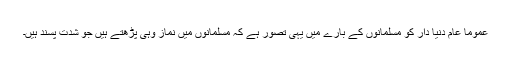
عموماً عام دنیا دار کو مسلمانوں کے بارے میں یہی تصور ہے کہ مسلمانوں میں نماز وہی پڑھتے ہیں جو شدت پسند ہیں۔